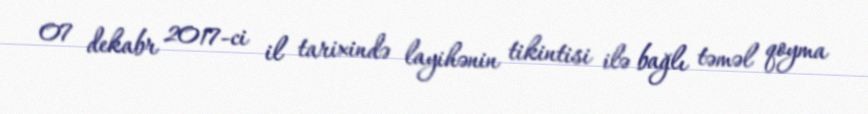
07 dekabr 2017-ci il tarixində layihənin tikintisi ilə bağlı təməl qoyma